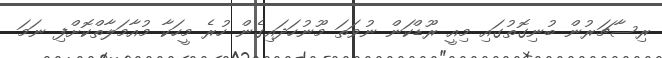
ރިސާޗަރުން ބުނިގޮތުގައި މިއީ ރޫޑްކަން ނުވަތަ މޫނުހަދައިގެން ހުރެ މީހަކާ މުއާމަލާތްކޮށްފި ނަމަ